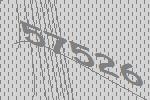
57526